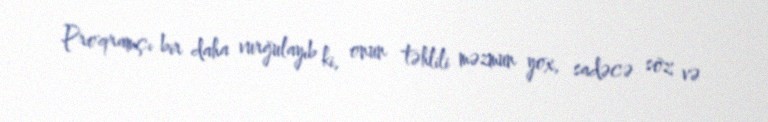
Proqramçı bir daha vurğulayıb ki, onun təhlili məzmun yox, sadəcə söz və